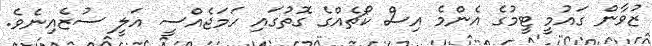
ޒުވާން ގައުމީ ޓީމުގެ އެންމެ އިސް ކޯޗެއްގެ ގޮތުގައި ހަމަޖެއްސީ އަލީ ސުޒެއިނެވެ.